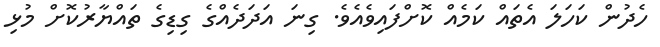
ހެދުން ކަހަލަ އެތައް ކަމެއް ކޮށްފައިވެއެވެ. ގިނަ އަދަދެއްގެ ގިޑިގެ ތައްޔާރުކޮށް މުޅި